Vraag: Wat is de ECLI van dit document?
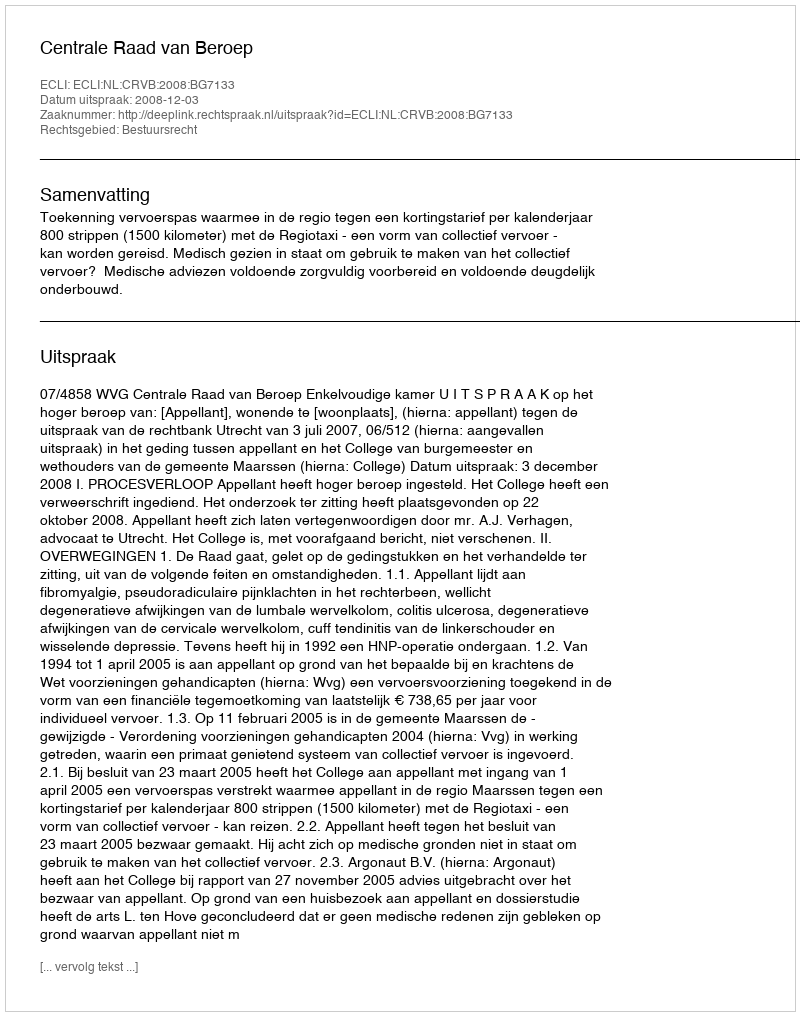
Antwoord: ECLI:NL:CRVB:2008:BG7133